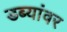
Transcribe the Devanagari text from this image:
डब्यांवर